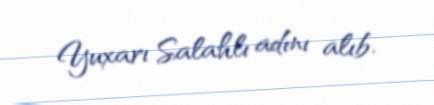
Yuxarı Salahlı adını alıb.